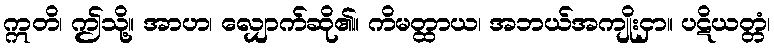
ဣတိ၊ ဤသို့။ အာဟ၊ လျှောက်ဆို၏။ ကိမတ္ထာယ၊ အဘယ်အကျိုးငှာ။ ပဋိယတ္တံ၊